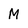
Character: M